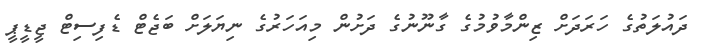
ދައުލަތުގެ ހަރަދަށް ޒިންމާވުމުގެ ގާނޫނުގެ ދަށުން މިއަހަރުގެ ނިޔަލަށް ބަޖެޓް ޑެފިސިޓް ޖީޑީޕީ